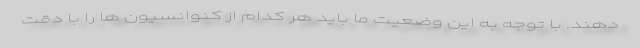
دهند. با توجه به این وضعیت ما باید هر کدام از کنوانسیون ها را با دقت